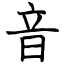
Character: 音